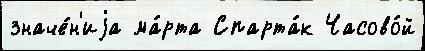
значе́н'иjа ма́рта Спарта́к Часово́й